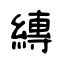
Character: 縳